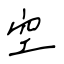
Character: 空